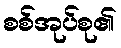
စစ်အုပ်စု၏